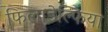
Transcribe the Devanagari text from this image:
फिलाडेल्‍फिया